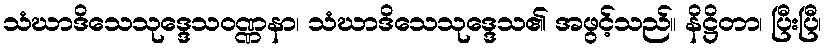
သံဃာဒိသေသုဒ္ဒေသဝဏ္ဏနာ၊ သံဃာဒိသေသုဒ္ဒေသ၏ အဖွင့်သည်။ နိဋ္ဌိတာ၊ ပြီးပြီ၊